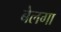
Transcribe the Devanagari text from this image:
बेलगा